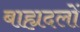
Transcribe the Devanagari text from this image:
बाह्यदलों